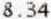
8.34